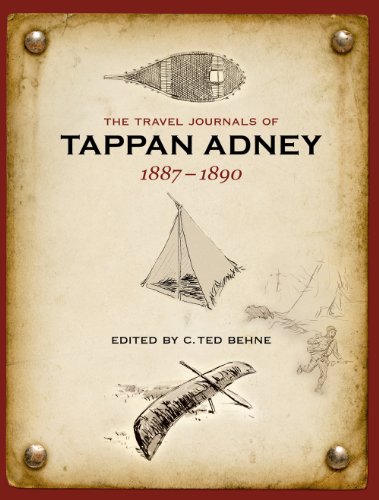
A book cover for The Travel Journals of Tappan Adney, 1887-1890; Tappan Adney; Biographies & Memoirs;